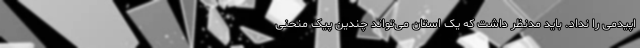
اپیدمی را نداد. باید مدنظر داشت که یک استان می‌تواند چندین پیک منحنی